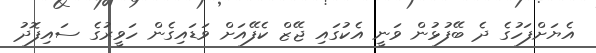
އެޔަށްފަހުގެ ދެ ބޭފުޅުން ވަނީ އެކުގައި ޖޭޒް ކެފޭއަށް ވަޑައިގެން ހަވީރުގެ ސައިފޮދު